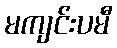
မကျင်းပမီ